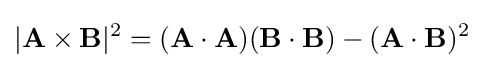
|\mathbf {A} \times \mathbf {B} |^{2}=(\mathbf {A} \cdot \mathbf {A} )(\mathbf {B} \cdot \mathbf {B} )-(\mathbf {A} \cdot \mathbf {B} )^{2}